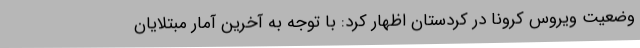
وضعیت ویروس کرونا در کردستان اظهار کرد: با توجه به آخرین آمار مبتلایان